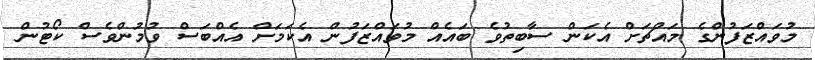
މުވައްޒަފުންގެ މައްޗަށް އެކަން ސާބިތުވެ ބައެއް މުވައްޒަފުން އެކަމަށް އެއްބަސް ވުމުންވެސް ކޯޓުން